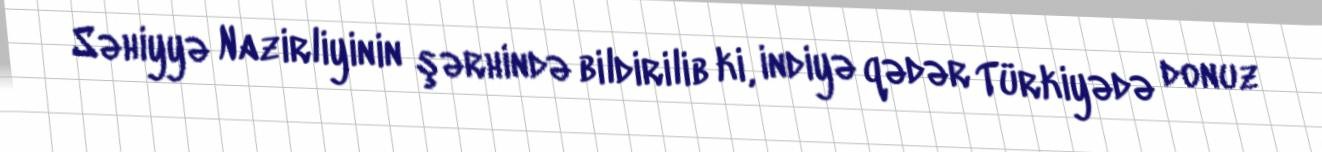
Səhiyyə Nazirliyinin şərhində bildirilib ki, indiyə qədər Türkiyədə donuz